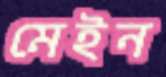
মেইন